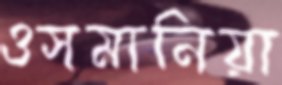
ওসমানিয়া